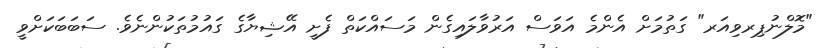
"މޮލްނުޕިރވިއަރ" ގަތުމަށް އެންމެ އަވަސް އަރުވާލައިގެން މަސައްކަތް ފެށީ އޭޝިޔާގެ ގައުމުތަކުންނެވެ. ސަބަބަކަށްވީ